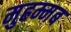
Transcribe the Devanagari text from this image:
मुहम्मब